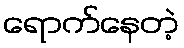
ရောက်နေတဲ့